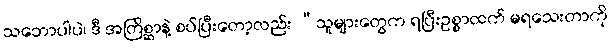
သဘောပါပဲ၊ ဒီ အတြိစ္ဆာနဲ့ စပ်ပြီးတော့လည်း “သူများတွေက ရပြီးဥစ္စာထက် မရသေးတာကို